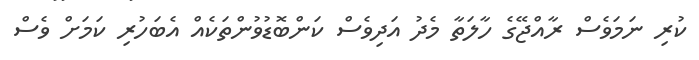
ކުރި ނަމަވެސް ރާއްޖޭގެ ހާލަތާ މެދު އަދިވެސް ކަންބޮޑުވުންތަކެއް އެބަހުރި ކަމަށް ވެސް